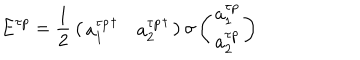
LaTeX: { \bf E } ^ { \tau p } = { \frac { 1 } { 2 } } \left( \begin{array} { c c } { { { a _ { 1 } ^ { \tau p } } ^ { \dagger } } } & { { { a _ { 2 } ^ { \tau p } } ^ { \dagger } } } \\ \end{array} \right) { \bf \sigma } \left( \begin{array} { c } { { a _ { 1 } ^ { \tau p } } } \\ { { a _ { 2 } ^ { \tau p } } } \\ \end{array} \right)